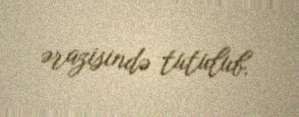
ərazisində tutulub.